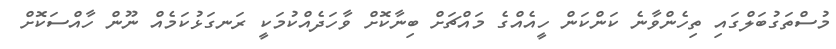
މުސްތަގުބަލްގައި ތިހެންވާނެ ކަންކަން ހީއެއްގެ މައްޗަށް ބިނާކޮށް ވާހަދެއްކުމަކީ ރަނގަޅުކަމެއް ނޫން ހާއްސަކޮށް